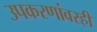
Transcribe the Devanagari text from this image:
उपकरणांवरही